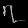
Digit: ၇